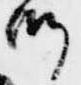
衛